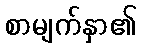
စာမျက်နှာ၏